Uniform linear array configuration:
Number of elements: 64
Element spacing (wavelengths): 1
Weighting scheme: hamming
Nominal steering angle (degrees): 30
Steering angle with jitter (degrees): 31.42
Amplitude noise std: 0.05
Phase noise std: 0.05

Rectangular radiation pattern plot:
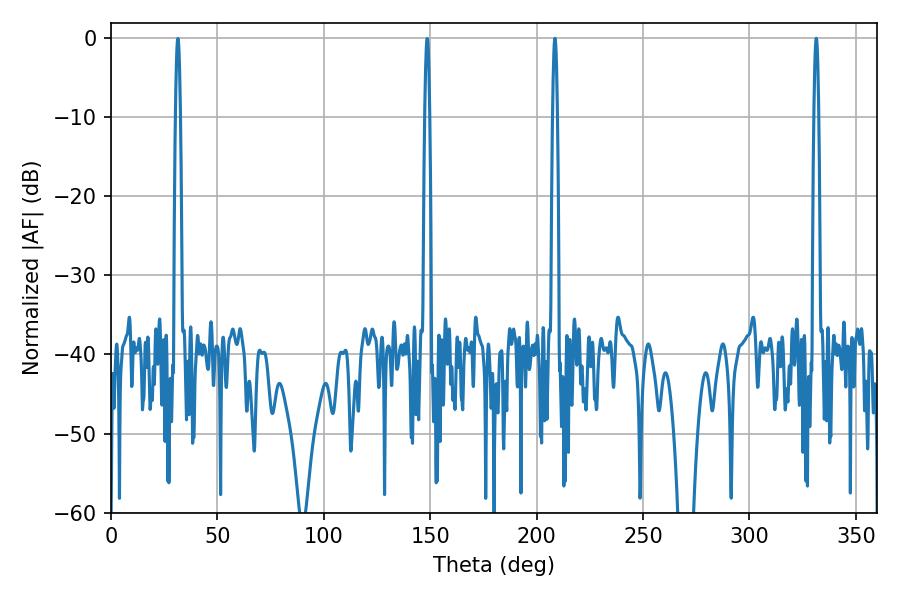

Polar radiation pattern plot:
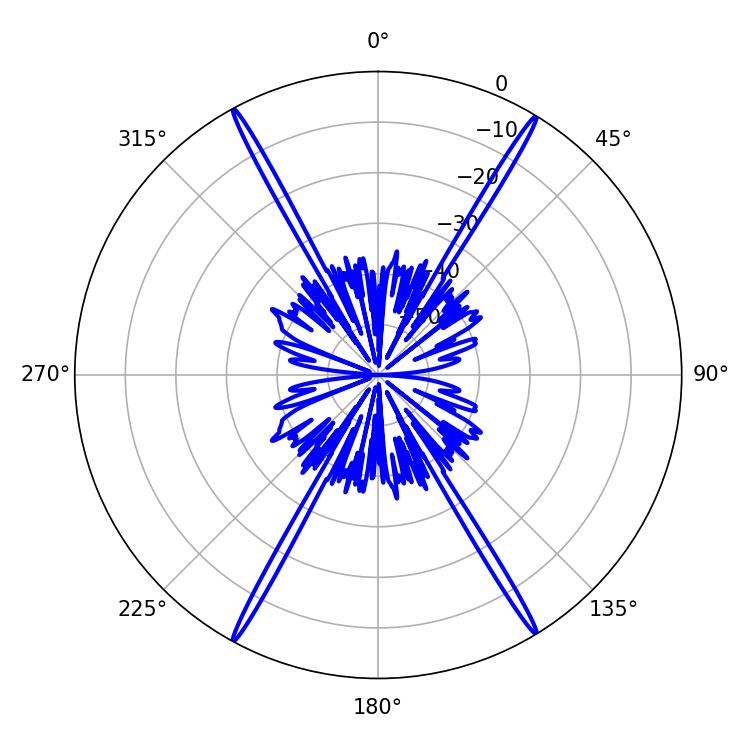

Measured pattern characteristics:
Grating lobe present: TRUE
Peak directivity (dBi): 28.518
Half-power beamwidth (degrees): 1.08
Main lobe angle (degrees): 208.62